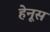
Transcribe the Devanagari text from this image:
हेनूस